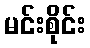
မင်းစိုင်း